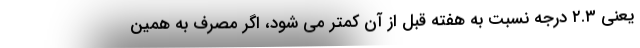
یعنی ۲.۳ درجه نسبت به هفته قبل از آن کمتر می شود، اگر مصرف به همین